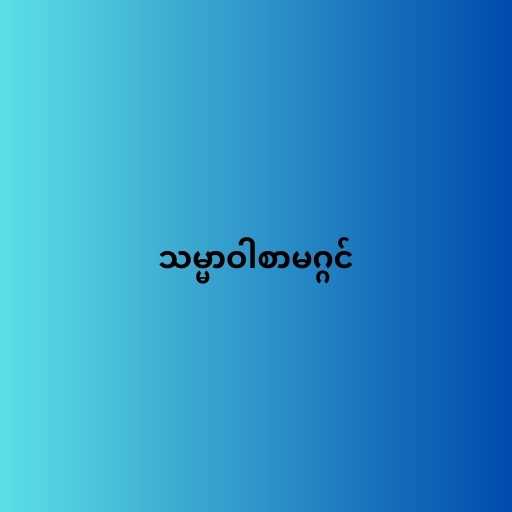
သမ္မာဝါစာမဂ္ဂင်